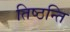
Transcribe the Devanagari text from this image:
तिष्ठन्ति